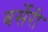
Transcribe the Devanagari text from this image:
बर्सेरी